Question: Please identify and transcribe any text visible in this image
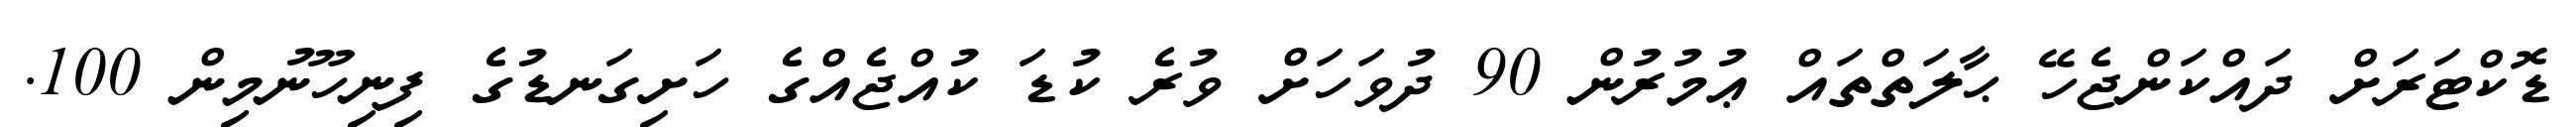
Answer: ޑޮކްޓަރަށް ދައްކަންޖެހޭ ޙާލަތްތައް ޢުމުރުން 90 ދުވަހަށް ވުރެ ކުޑަ ކުއްޖެއްގެ ހަށިގަނޑުގެ ފިނިހޫނުމިން 100.